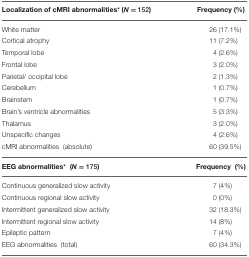
<table><thead><tr><td><b>Localization of cMRI abnormalities<sup>*</sup> (<i>N</i> = 152)</b></td><td><b>Frequency (%)</b></td></tr></thead><tbody><tr><td>White matter</td><td>26 (17.1%)</td></tr><tr><td>Cortical atrophy</td><td>11 (7.2%)</td></tr><tr><td>Temporal lobe</td><td>4 (2.6%)</td></tr><tr><td>Frontal lobe</td><td>3 (2.0%)</td></tr><tr><td>Parietal/ occipital lobe</td><td>2 (1.3%)</td></tr><tr><td>Cerebellum</td><td>1 (0.7%)</td></tr><tr><td>Brainstem</td><td>1 (0.7%)</td></tr><tr><td>Brain&#x27;s ventricle abnormalities</td><td>5 (3.3%)</td></tr><tr><td>Thalamus</td><td>3 (2.0%)</td></tr><tr><td>Unspecific changes</td><td>4 (2.6%)</td></tr><tr><td>cMRI abnormalities (absolute)</td><td>60 (39.5%)</td></tr><tr><td><b>EEG abnormalities<sup>*</sup> (<i>N</i> = 175)</b></td><td><b>Frequency (%)</b></td></tr><tr><td>Continuous generalized slow activity</td><td>7 (4%)</td></tr><tr><td>Continuous regional slow activity</td><td>0 (0%)</td></tr><tr><td>Intermittent generalized slow activity</td><td>32 (18.3%)</td></tr><tr><td>Intermittent regional slow activity</td><td>14 (8%)</td></tr><tr><td>Epileptic pattern</td><td>7 (4%)</td></tr><tr><td>EEG abnormalities (total)</td><td>60 (34.3%)</td></tr></tbody></table>